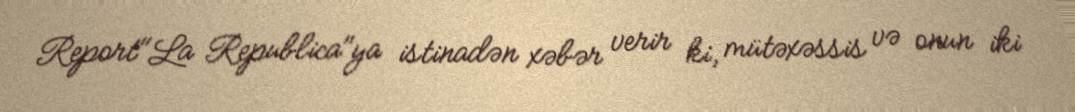
Report"La Republica"ya istinadən xəbər verir ki, mütəxəssis və onun iki